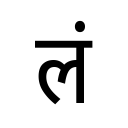
OCR:
लं